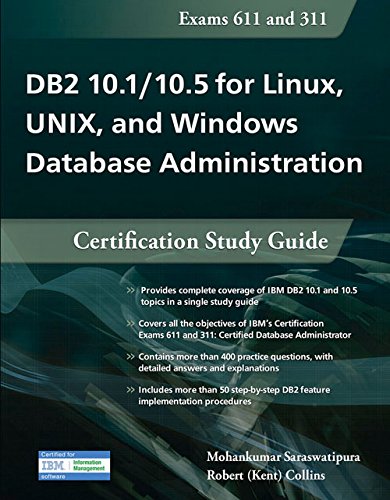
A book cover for DB2 10.1/10.5 for Linux, UNIX, and Windows Database Administration: Certification Study Guide; Mohankumar Saraswatipura; Computers & Technology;